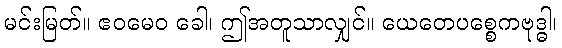
မင်းမြတ်။ ဧဝမေဝ ခေါ၊ ဤအတူသာလျှင်။ ယေတေပစ္စေကဗုဒ္ဓါ၊